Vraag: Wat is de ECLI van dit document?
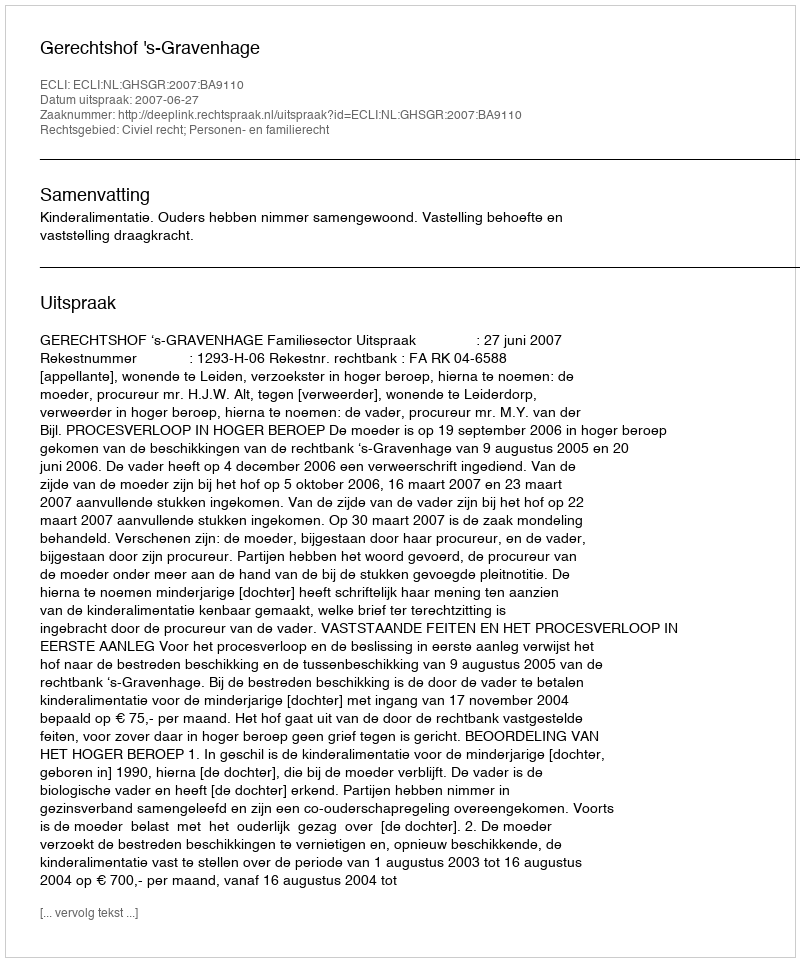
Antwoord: ECLI:NL:GHSGR:2007:BA9110